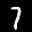
Label: 7